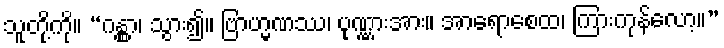
သူတို့ကို။ “ဂန္တွာ၊ သွား၍။ ဗြာဟ္မဏဿ၊ ပုဏ္ဏားအား။ အာရောစေထ၊ ကြားကုန်လော့။”